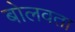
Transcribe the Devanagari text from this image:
बोलवता